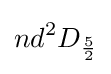
nd^{2}D_{\frac {5}{2}}